Papers set at the Examination for Leaving Certificates, 1889
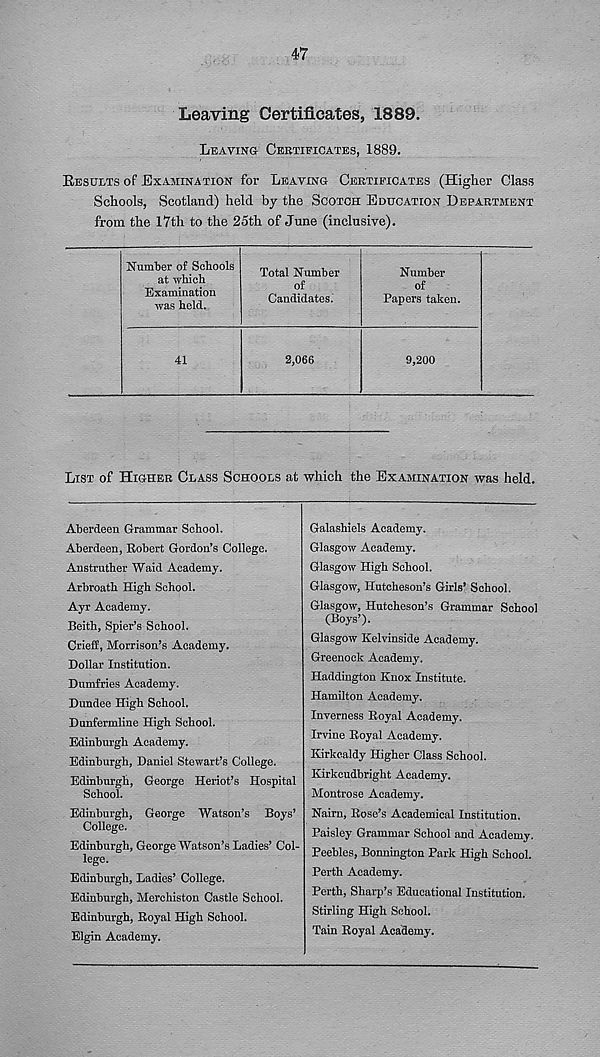
47
Leaving Certificates, 1889.
Leaving Certificates, 1889.
Results of Examination for Leaving Certificates (Higher Class
Schools, Scotland) held by the Scotch Education Department
from the 17th to the 25th of June (inclusive).
Number of Schools
at which
Examination
was held.
41
Total Number
of
Candidates.
2,066
Number
of
Papers taken.
9,200
List of Higher Class Schools at which the Examination was held.
Aberdeen Grammar School.
Aberdeen, Robert Gordon’s College.
Anstruther Waid Academy.
Arbroath High School.
Ayr Academy.
Beith, Spier’s School.
Crieff, Morrison’s Academy.
Dollar Institution.
Dumfries Academy.
Dundee High School.
Dunfermline High School.
Edinburgh Academy.
Edinburgh, Daniel Stewart’s College.
Edinburgh, George Heriot’s Hospital
School.
Edinburgh, George Watson’s Boys’
College.
Edinburgh, George Watson’s Ladies’ Col-
!ege.
Edinburgh, Ladies’ College.
Edinburgh, Merchiston Castle School.
Edinburgh, Royal High School.
Elgin Academy.
Galashiels Academy.
Glasgow Academy.
Glasgow High School.
Glasgow, Hutcheson’s Girls’ School.
Glasgow, Hutcheson’s Grammar School
(Boys’).
Glasgow Kelvinside Academy.
Greenock Academy.
Haddington Knox Institute.
Hamilton Academy.
Inverness Royal Academy.
Irvine Royal Academy.
Kirkcaldy Higher Class School.
Kirkcudbright Academy.
Montrose Academy.
Nairn, Rose’s Academical Institution.
Paisley Grammar School and Academy.
Peebles, Bonnington Park High School.
Perth Academy.
Perth, Sharp’s Educational Institution.
Stirling High School.
Tain Royal Academy.